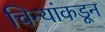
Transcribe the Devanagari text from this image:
चिन्यांकडून